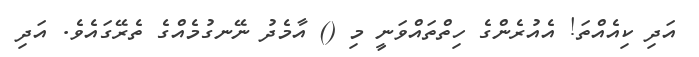
އަދި ކިއެއްތަ! އެއުރެންގެ ހިތްތައްވަނީ މި () އާމެދު ނޭނގުމެއްގެ ތެރޭގައެވެ. އަދި